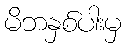
မိဘနှစ်ပါးမှ